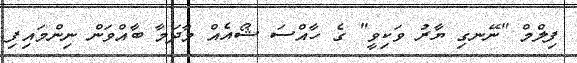
ފިލްމް "ނޭނގި ޔާރު ވަކިވީ" ގެ ހާއްސަ ޝޯއެއް މާދަމާ ބާއްވަން ނިންމައިފި